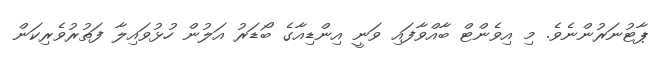
ޕާޓުނަރުންނެވެ. މި އިވެންޓް ބާއްވާފައި ވަނީ އިންޑިއާގެ ބޯޑަރު އަލުން ހުޅުވައިލާ ފަތުރުވެރިކަން